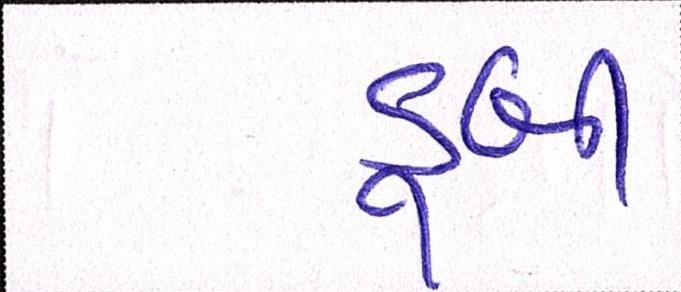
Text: ડૂબી